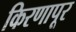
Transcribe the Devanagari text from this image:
किरणापूर